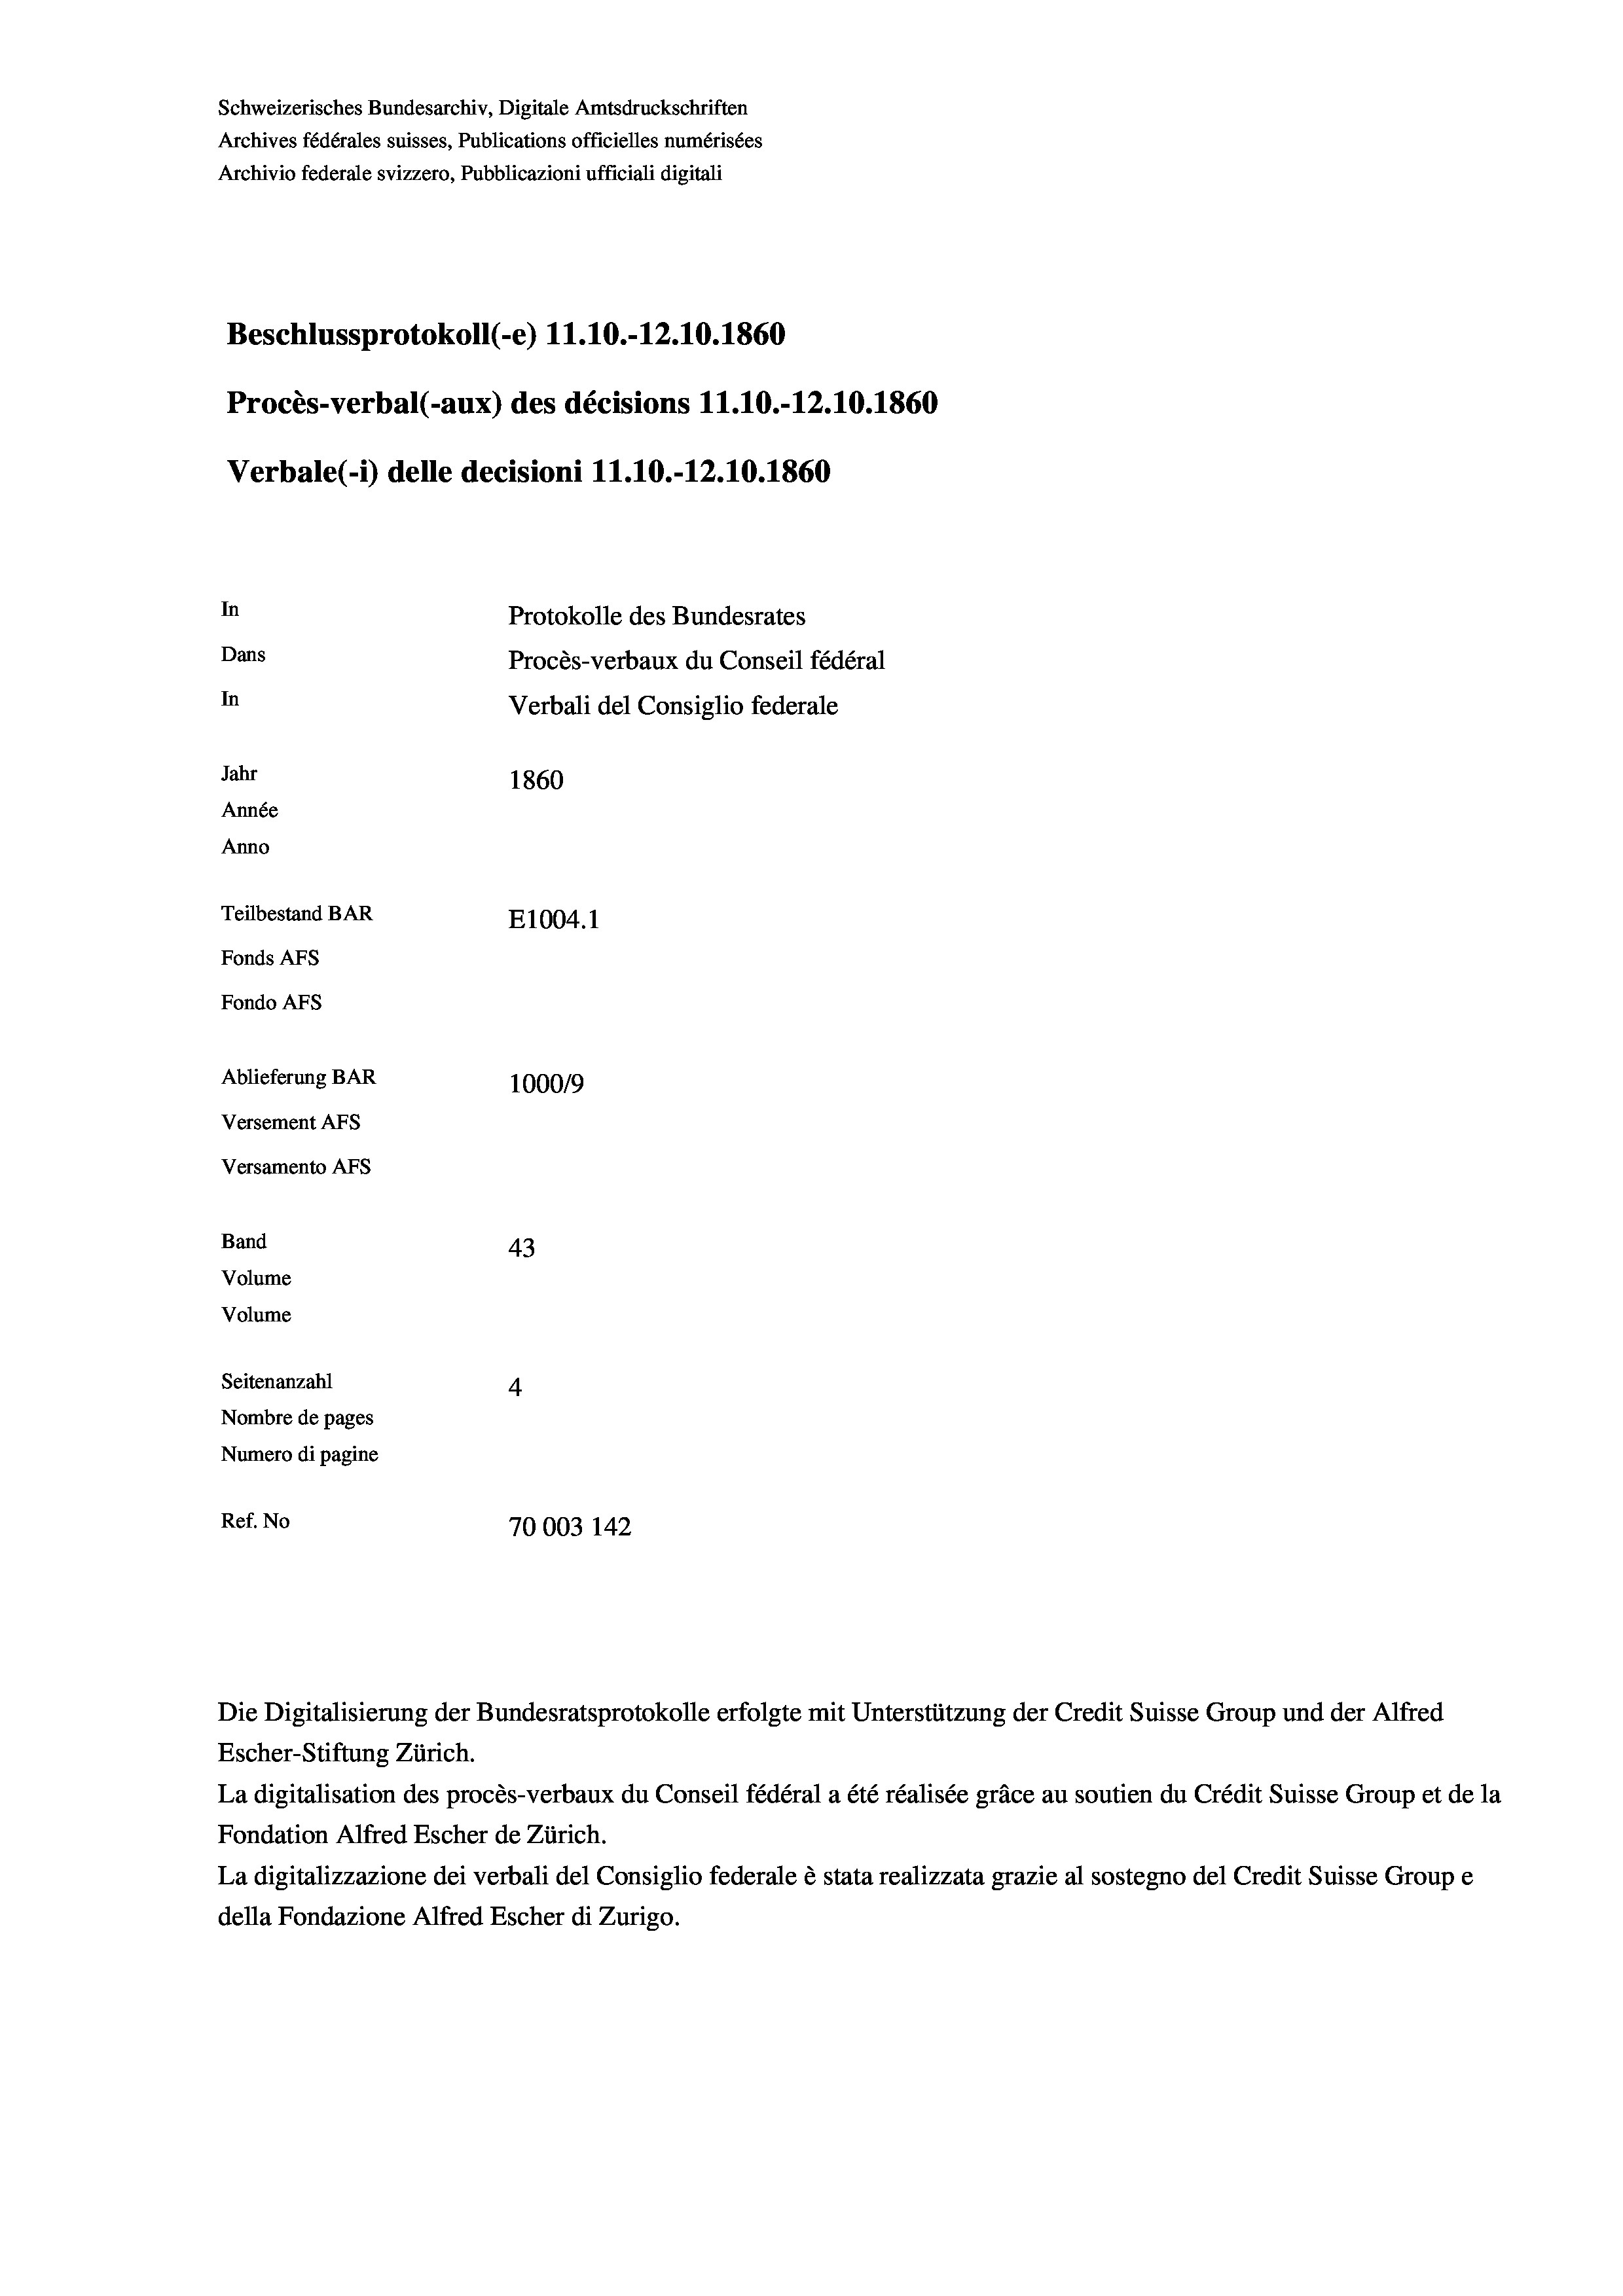
Schweizerisches Bundesarchiv, Digitale Amtsdruckschriften
Archives fédérales suisses, Publications officielles numérisées
Archivio federale svizzero, Pubblicazioni ufficiali digitali
Beschlussprotokoll (-e) 11.10.-12.10.1860
Procès-verbal (-aux) des décisions 11.10.-12.10.1860
Verbale (- 1) delle decisioni 11.10.-12.10.1860
In
Protokolle des Bundesrates
Dans
Procès-verbaux du Conseil fédéral
In
Verbali del Consiglio federale
Jahr
1860
Année
Anno
Teilbestand BAR
E1004.1
Fonds AFs
Fondo AFS

Ablieferung BAR
Versement AFs
Versamento AFs
Band
Volume
Volume
Seitenanzahl

100019
43
4
Nombre de pages
Numero di pagine
Ref. No
70003 142

Die Digitalisierung der Bundesratsprotokolle erfolgte mit Unterstützung der Credit Suisse Group und der Alfred

Escher-Stiftung Zürich.
La digitalisation des procès-verbaux du Conseil fédéral a été réalisée gräce au soutien du Crédit Suisse Group et de la
Fondation Alfred Escher de Zürich.
La digitalizzazione dei verbali del Consiglio federale è stata realizzata grazie al sostegno del Credit Suisse Groupe
della Fondazione Alfred Escher di Zurigo.